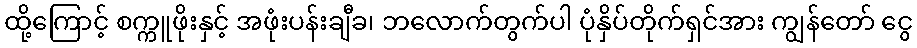
ထို့ကြောင့် စက္ကူဖိုးနှင့် အဖုံးပန်းချီခ၊ ဘလောက်တွက်ပါ ပုံနှိပ်တိုက်ရှင်အား ကျွန်တော် ငွေ